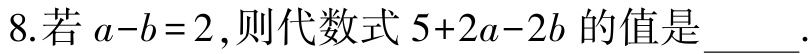
8.若\(a - b = 2\)，则代数式\(5 + 2a - 2b\)的值是_____.